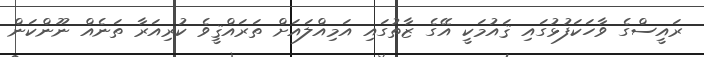
ރައީސްގެ ވާހަކަފުޅުގައި ޤައުމަކީ އޭގެ ޒާތުގައި އަމިއްލައަށް ތަރައްޤީވެ ކުރިއަރާ ތަނެއް ނޫންކަން